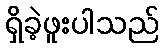
ရှိခဲ့ဖူးပါသည်